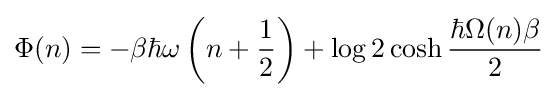
\Phi (n)=-\beta \hbar \omega \left(n+{\frac {1}{2}}\right)+\log 2\cosh {\frac {\hbar \Omega (n)\beta }{2}}